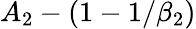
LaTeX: A_{2}-(1-1/\beta_{2})